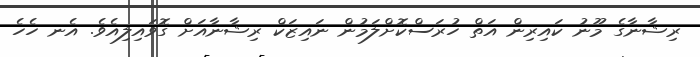
ރިޝާނާގެ މޫނު ކައިރިން އަތް ހުރަސްކޮށްލަމުން ނައިޒަކް ރިޝާނާއަށް ގޮވައިލިއެވެ. އެނ ހެހެ